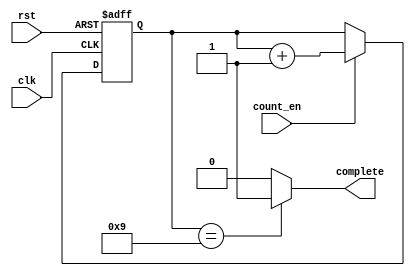
/*
Author: Mehran Goli
Version: 1.0
Date: 17-8-2019
*/
module counter(count_en,complete,rst,clk);
	
	input  count_en,clk,rst; 
	output  complete; 

	reg [3:0] temp=0;
	
////////////////////////////////////////////////////////////////////////////////////////////

	always @ (posedge clk,posedge rst) begin
		if(rst)begin
			temp=0;
		end
		else if (count_en) begin
			temp = temp+1;
		end	
	end
	
	assign complete = (temp==9) ? 1 : 0;

endmodule